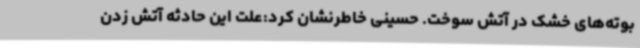
بوته‌های خشک در آتش سوخت. حسینی خاطرنشان کرد:علت این حادثه آتش زدن